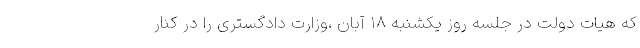
که هیات دولت در جلسه روز یکشنبه ۱۸ آبان ،وزارت دادگستری را در کنار